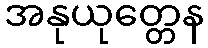
အနုယုတ္တေန